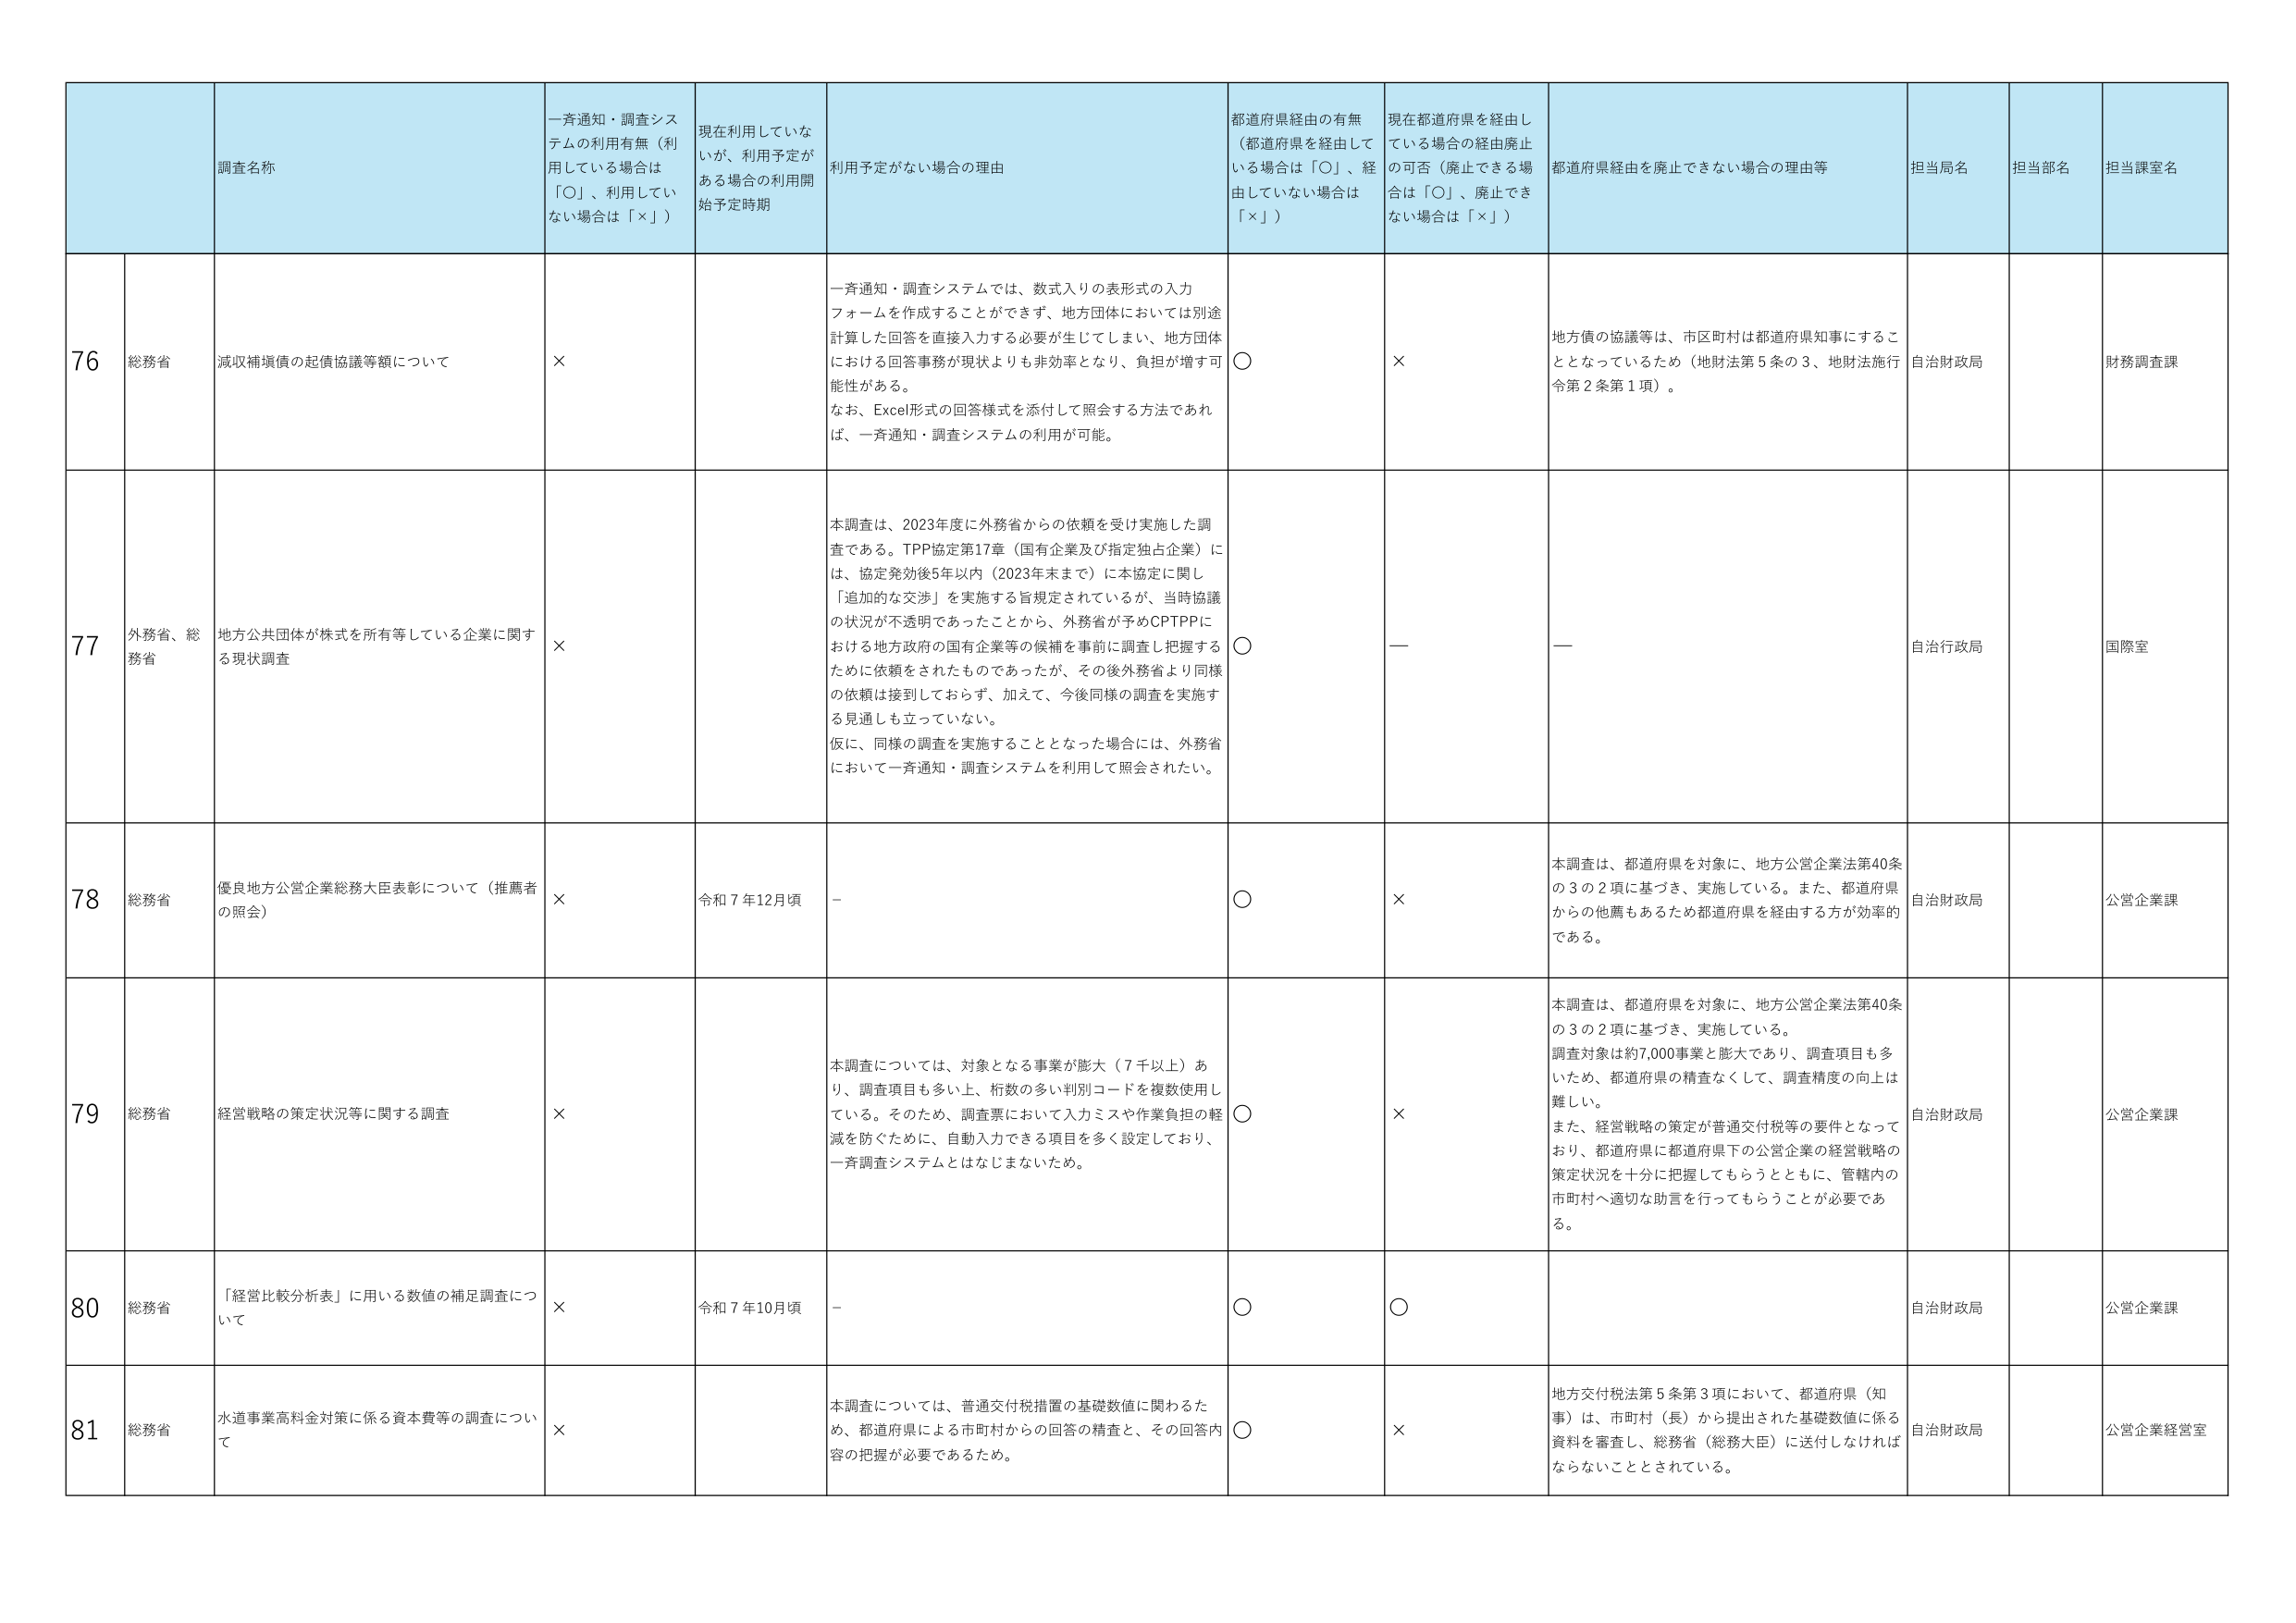
76 総務省 減収補填債の起債協議等額について × 一斉通知・調査システムでは、数式入りの表形式の入力フォームを作成することができず、地方団体においては別途計算した回答を直接入力する必要が生じてしまい、地方団体における回答事務が現状よりも非効率となり、負担が増す可能性がある。 なお、Excel形式の回答様式を添付して照会する方法であれば、一斉通知・調査システムの利用が可能。 ○ × 地方債の協議等は、市区町村は都道府県知事にするこ ととなっているため（地財法第5条の3、地財法施行令第2条第1項）。 自治財政局 財務調査課

77 外務省、総務省 地方公共団体が株式を所有等している企業に関する現状調査 × 本調査は、2023年度に外務省からの依頼を受け実施した調査である。TPP協定第17章（国有企業及び指定独占企業）には、協定発効後5年以内（2023年末まで）に本協定に関し「追加的な交渉」を実施する旨規定されているが、当時協議の状況が不透明であったことから、外務省が予めCPTPPにおける地方政府の国有企業等の候補を事前に調査し把握するために依頼をされたものであったが、その後外務省より同様の依頼は接到しておらず、加えて、今後同様の調査を実施する見通しも立っていない。 仮に、同様の調査を実施することとなった場合には、外務省において一斉通知・調査システムを利用して照会されたい。 ○ — — 自治行政局 国際室

78 総務省 優良地方公営企業総務大臣表彰について（推薦者の照会） × 令和7年12月頃 — ○ × 本調査は、都道府県を対象に、地方公営企業法40条の3の2項に基づき、実施している。また、都道府県からの他薦もあるため都道府県を経由する方が効率的である。 自治財政局 公営企業課

79 総務省 経営戦略の策定状況等に関する調査 × 本調査については、対象となる事業が膨大（7千以上）あり、調査項目も多い上、桁数の多い判別コードを複数使用している。そのため、調査票において入力ミスや作業負担の軽減を防ぐために、自動入力できる項目を多く設定しており、一斉調査システムとはなじまないため。 ○ × 本調査は、都道府県を対象に、地方公営企業法40条の3の2項に基づき、実施している。 調査対象は約7,000事業と膨大であり、調査項目も多いため、都道府県の精査なくして、調査精度の向上は難しい。 また、経営戦略の策定が普通交付税等の要件となっており、都道府県に都道府県下の公営企業の経営戦略の策定状況を十分に把握してもらうとともに、管轄内の市町村へ適切な助言を行ってもらうことが必要である。 自治財政局 公営企業課

80 総務省 「経営比較分析表」に用いる数値の補足調査について × 令和7年10月頃 — ○ ○ 自治財政局 公営企業課

81 総務省 水道事業高料金対策に係る資本費等の調査について × 本調査については、普通交付税措置の基礎数値に関わるため、都道府県による市町村からの回答の精査と、その回答内容の把握が必要であるため。 ○ × 地方交付税法第5条第3項において、都道府県（知事）は、市町村（長）から提出された基礎数値に係る資料を審査し、総務省（総務大臣）に送付しなければならないこととされている。 自治財政局 公営企業経営室

調査名称 一斉通知・調査システムの利用有無（利用している場合は「○」、利用していない場合は「×」） 現在利用していないが、利用予定がある場合の利用開始予定時期 利用予定がない場合の理由 都道府県経由の有無（都道府県を経由している場合は「○」、経由していない場合は「×」） 現在都道府県を経由している場合の経由廃止の可否（廃止できる場合は「○」、廃止できない場合は「×」） 都道府県経由を廃止できない場合の理由等 担当局名 担当部名 担当課室名